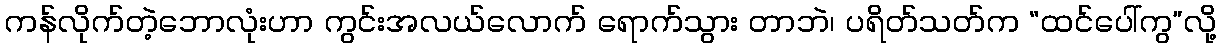
ကန်လိုက်တဲ့ဘောလုံးဟာ ကွင်းအလယ်လောက် ရောက်သွား တာဘဲ၊ ပရိတ်သတ်က “ထင်ပေါ်ကွ”လို့